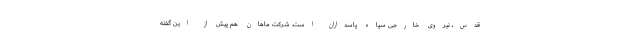
قدس، نیروی خارجی سپاه پاسداران است. شرکت ماهان هم پیش از این گفته